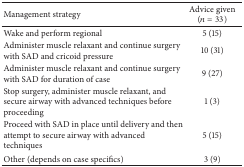
<table><thead><tr><td><b>Management strategy</b></td><td><b>Advice given (<i>n</i> = 33)</b></td></tr></thead><tbody><tr><td>Wake and perform regional</td><td>5 (15)</td></tr><tr><td>Administer muscle relaxant and continue surgery with SAD and cricoid pressure</td><td>10 (31)</td></tr><tr><td>Administer muscle relaxant and continue surgery with SAD for duration of case</td><td>9 (27)</td></tr><tr><td>Stop surgery, administer muscle relaxant, and secure airway with advanced techniques before proceeding</td><td>1 (3)</td></tr><tr><td>Proceed with SAD in place until delivery and then attempt to secure airway with advanced techniques</td><td>5 (15)</td></tr><tr><td>Other (depends on case specifics)</td><td>3 (9)</td></tr></tbody></table>